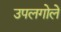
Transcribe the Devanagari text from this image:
उपलगोले